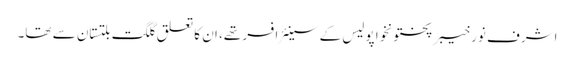
اشرف نور خیبرپختونخوا پولیس کے سینئر افسر تھے، ان کا تعلق گلگت بلتستان سے تھا۔